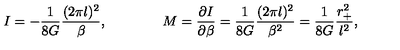
I = - { \frac { 1 } { 8 G } } { \frac { ( 2 \pi l ) ^ { 2 } } { \beta } } , \qquad \qquad M = { \frac { \partial I } { \partial \beta } } = { \frac { 1 } { 8 G } } { \frac { ( 2 \pi l ) ^ { 2 } } { \beta ^ { 2 } } } = { \frac { 1 } { 8 G } } { \frac { r _ { + } ^ { 2 } } { l ^ { 2 } } } ,